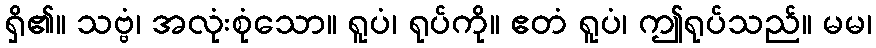
ရှိ၏။ သဗ္ဗံ၊ အလုံးစုံသော။ ရူပံ၊ ရုပ်ကို။ ဧတံ ရူပံ၊ ဤရုပ်သည်။ မမ၊